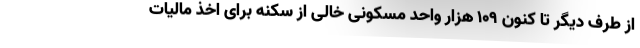
از طرف دیگر تا کنون ۱۰۹ هزار واحد مسکونی خالی از سکنه برای اخذ مالیات